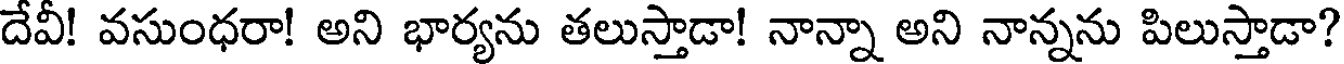
దేవీ! వసుంధరా! అని భార్యను తలుస్తాడా! నాన్నా అని నాన్నను పిలుస్తాడా?